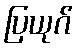
ပြယုဂ်